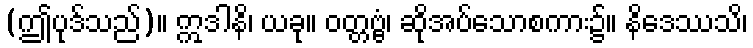
(ဤပုဒ်သည်)။ ဣဒါနိ၊ ယခု။ ဝတ္တဗ္ဗံ၊ ဆိုအပ်သောစကား၌။ နိဒေဿသိ၊